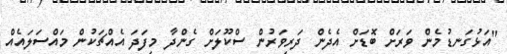
"އަޅުގަނޑުމެން ވަރަށް ބޮޑަށް އެދެން ދަރިވަރުން ސްކޫލަށް ގެންދާ މިފަދަ އެއްޗަކުން މައްސަލައެއް